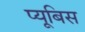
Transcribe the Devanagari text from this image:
प्यूबिस